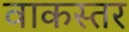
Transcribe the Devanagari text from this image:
वाकस्तर